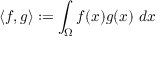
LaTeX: \langle f , g \rangle : = \int _ { \Omega } f ( x ) g ( x ) \ d x